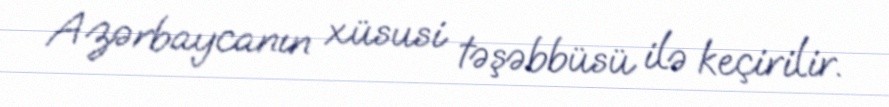
Azərbaycanın xüsusi təşəbbüsü ilə keçirilir.